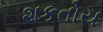
શકતોય